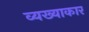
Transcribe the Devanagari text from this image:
व्यख्याकार